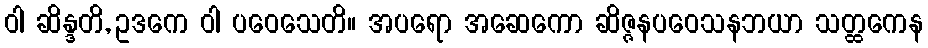
ဝါ ဆိန္ဒတိ, ဥဒကေ ဝါ ပဝေသေတိ။ အပရော အဆေကော ဆိဇ္ဇနပဝေသနဘယာ သတ္ထကေန